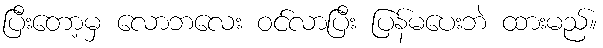
ပြီးတော့မှ လောဘလေး ဝင်လာပြီး ပြန်မပေးဘဲ ထားမည်။